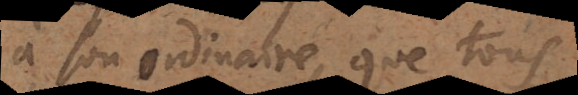
à son ordinaire, que tous